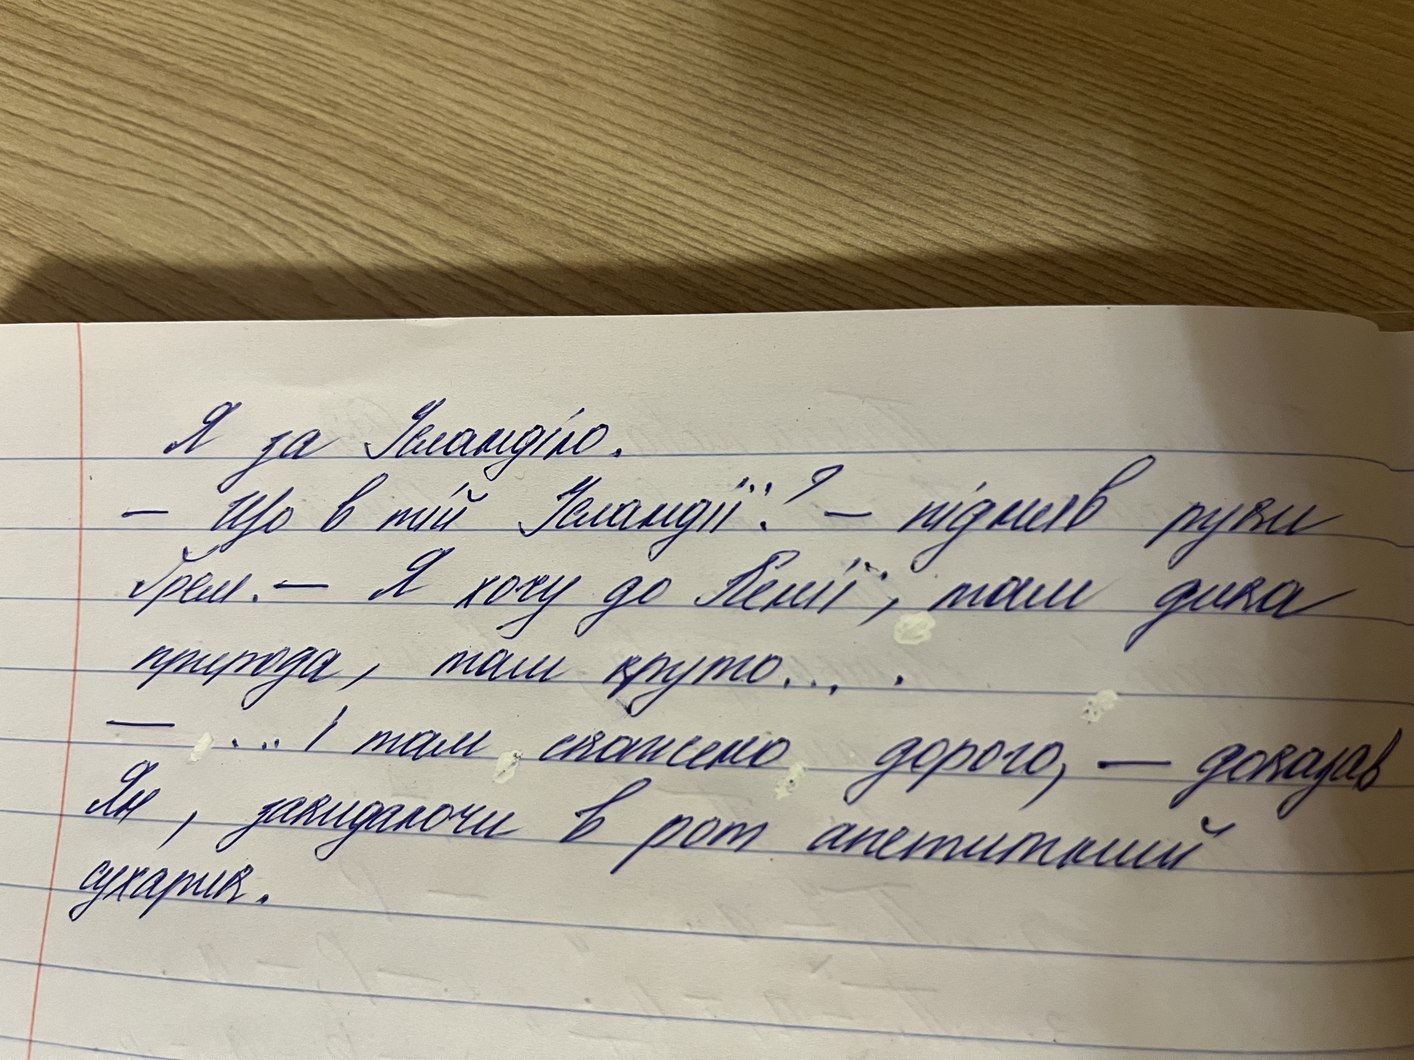
Я за Ісландію.
- Що в тій Ісландії? - підняв руки
Ґрем. - Я хочу до Кенії, там дика
природа, там круто... .
- ... І там скажено дорого, - доказав
Ян, закидаючи в рот апетитний
сухарик.